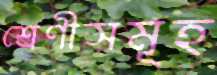
শ্রেণীসমূহ